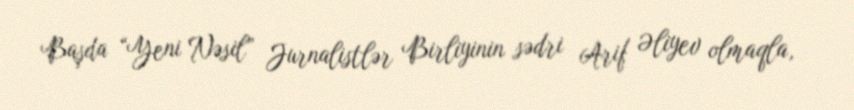
Başda “Yeni Nəsil” Jurnalistlər Birliyinin sədri Arif Əliyev olmaqla,